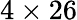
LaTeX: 4\times 26